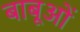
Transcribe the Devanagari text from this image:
बाबूओं